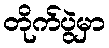
တိုက်ပွဲမှာ